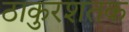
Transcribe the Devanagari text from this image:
ठाकुरशतक